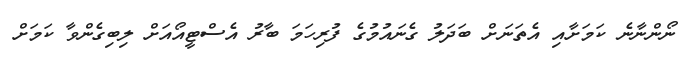
ނޯންނާނެ ކަމަށާއި އެތަނަށް ބަދަލު ގެނައުމުގެ ފުރިހަމަ ބާރު އެސްޓީއޯއަށް ލިބިގެންވާ ކަމަށް